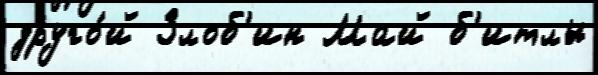
друго́й Злоб'ин Май б'итлы